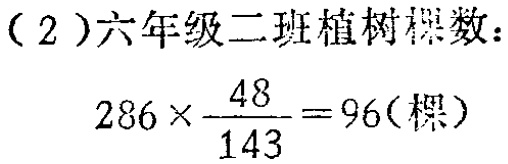
（2）六年级二班植树棵数：

\[

286\times\frac{48}{143}=96(\text{棵})

\]